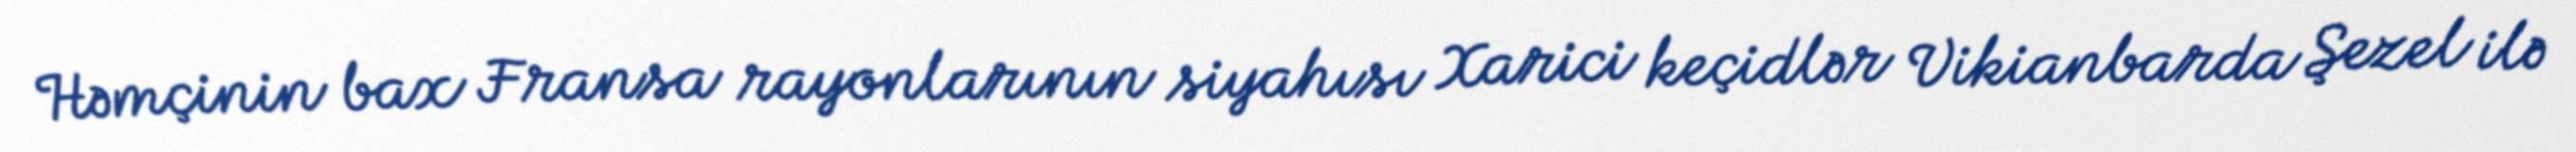
Həmçinin bax Fransa rayonlarının siyahısı Xarici keçidlər Vikianbarda Şezel ilə